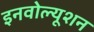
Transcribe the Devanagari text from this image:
इनवोल्यूशन